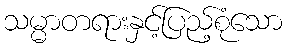
သမ္မာတရားနှင့်ပြည့်စုံသော